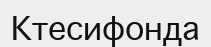
Ктесифонда